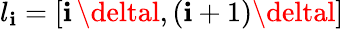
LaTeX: l_{\mathbf{i}}=[\mathbf{i}\, \deltal,(\mathbf{i}+1)\deltal]